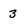
Character: 3